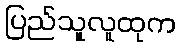
ပြည်သူလူထုက